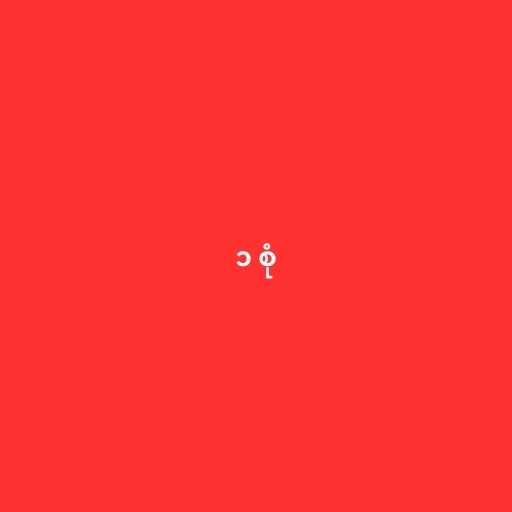
၁ စုံ